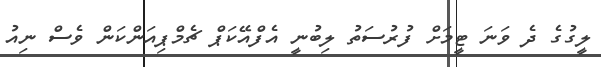
ލީގުގެ ދެ ވަނަ ޓީމަށް ފުރުސަތު ލިބުނީ އެފްއޭކަޕް ޗެމްޕިއަންކަން ވެސް ނިއު